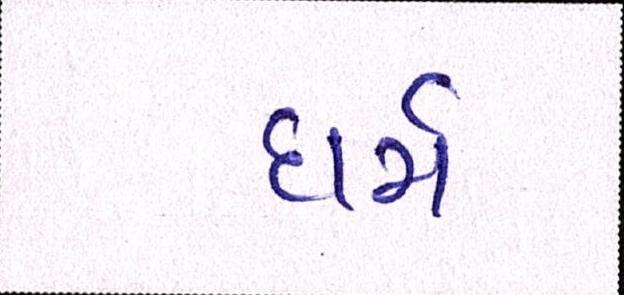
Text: ધર્મ